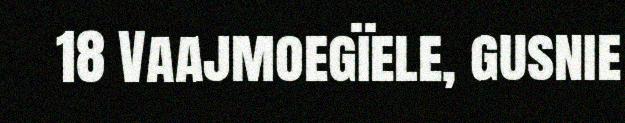
18 Vaajmoegïele, gusnie